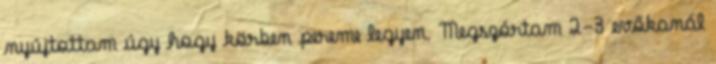
nyújtottam úgy hogy körben pereme legyen. Megszórtam 2-3 evőkanál